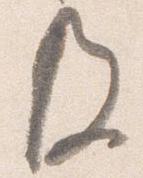
及